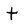
Character: t